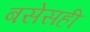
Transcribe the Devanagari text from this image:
बसेसही